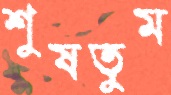
শুষতুম